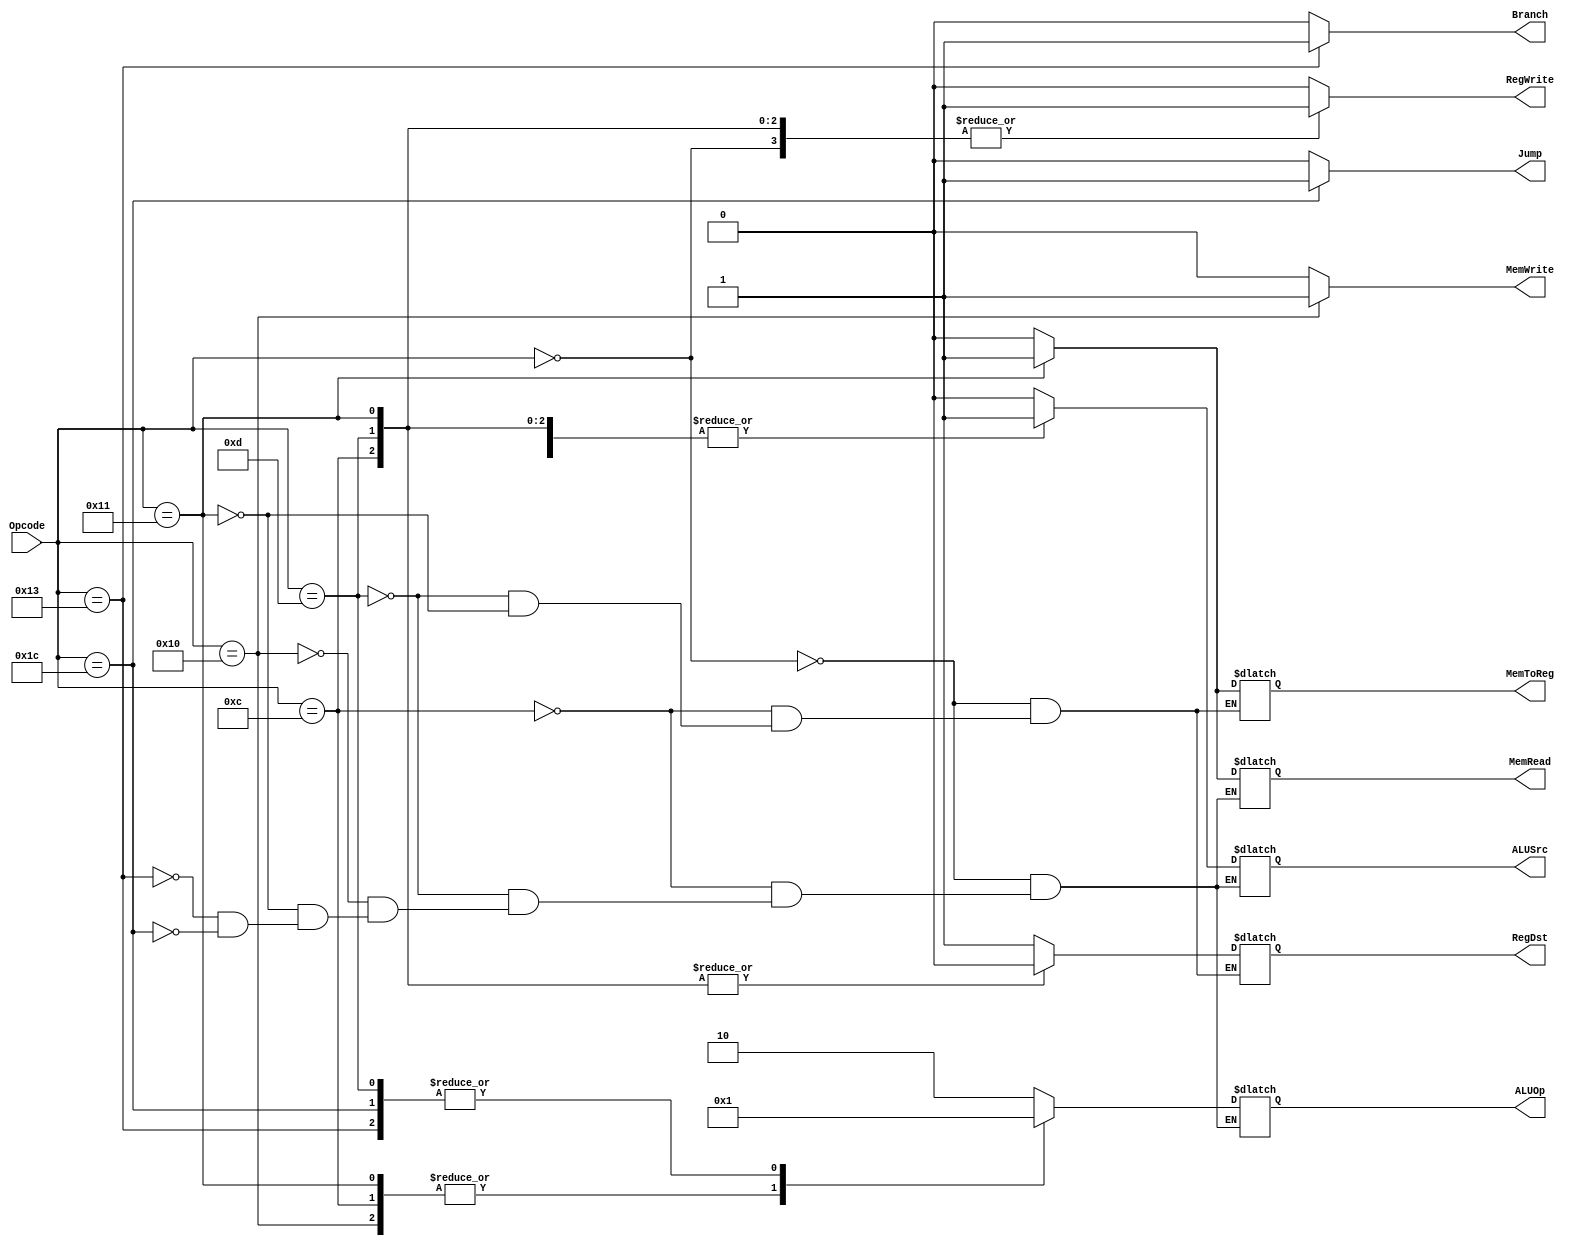
module Control (
    input [5:0] Opcode,
    output reg [1:0] ALUOp,
    output reg RegDst,
    output reg Branch,
    output reg RegWrite,
    output reg ALUSrc,
    output reg MemWrite,
    output reg MemRead,
    output reg MemToReg,
    output reg Jump
);

always @(Opcode) begin
    
    case (Opcode)
        6'd0:
            begin
                RegWrite = 1;
                ALUOp = 2'b10;
                RegDst = 1;
                ALUSrc = 0;
                MemWrite = 0;
                MemRead = 0;
                MemToReg = 0;
                Jump = 0;
                Branch = 0;
            end
        6'b001100:
            begin
                RegWrite = 1;
                ALUOp = 2'b00;
                RegDst = 0;
                ALUSrc = 1;
                MemWrite = 0;
                MemRead = 0;
                MemToReg = 0;
                Jump = 0;
                Branch = 0;
            end
        6'b001101:
            begin
                RegWrite = 1;
                ALUOp = 2'b01;
                RegDst = 0;
                ALUSrc = 1;
                MemWrite = 0;
                MemRead = 0;
                MemToReg = 0;
                Jump = 0;
                Branch = 0;
            end
        6'b010000:
            begin
                RegWrite = 0;
                ALUOp = 2'b00;
                ALUSrc = 1;
                MemWrite = 1;
                MemRead = 0;
                Jump = 0;
                Branch = 0;
            end
        6'b010001:
            begin
                RegWrite = 1;
                ALUOp = 2'b00;
                RegDst = 0;
                ALUSrc = 1;
                MemWrite = 0;
                MemRead = 1;
                MemToReg = 1;
                Jump = 0;
                Branch = 0;
            end
        6'b010011:
            begin
                RegWrite = 0;
                ALUOp = 2'b01;
                ALUSrc = 0;
                MemWrite = 0;
                MemRead = 0;
                Jump = 0;
                Branch = 1;
            end
        6'b011100:
            begin
                RegWrite = 0;
                ALUOp = 2'b01;
                ALUSrc = 1;
                MemWrite = 0;
                MemRead = 0;
                Jump = 1;
                Branch = 0;
            end
        default:
            begin
                MemWrite = 0;
                RegWrite = 0;
                Jump = 0;
                Branch = 0;
            end
    endcase
end
    
endmodule